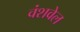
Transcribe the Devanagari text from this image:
वंशवेल